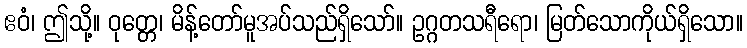
ဧဝံ၊ ဤသို့။ ဝုတ္တေ၊ မိန့်တော်မူအပ်သည်ရှိသော်။ ဥဂ္ဂတသရီရော၊ မြတ်သောကိုယ်ရှိသော။